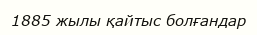
1885 жылы қайтыс болғандар